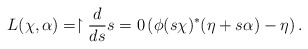
\begin{align*}L(\chi,\alpha)=\restriction{\dfrac{d}{ds}}{s=0}\left (\phi(s\chi)^*(\eta+s\alpha)-\eta\right).\end{align*}